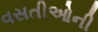
વસતીઓની